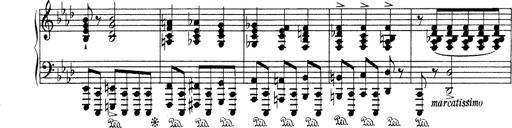
Title: Variationen Ã¼ber das Motiv von Bach
Composer: Franz Liszt